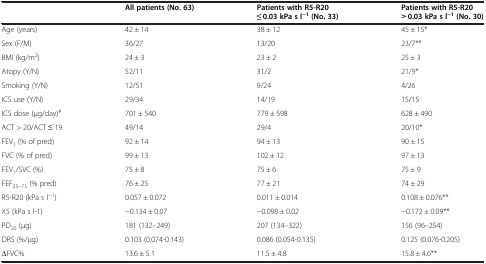
|  | All patients (No. 63) | Patients with R5-R20 ≤ 0.03 kPa s l−1(No. 33) | Patients with R5-R20 > 0.03 kPa s l−1(No. 30) |
 | --- | --- | --- | --- |
 | Age (years) | 42 ± 14 | 38 ± 12 | 45 ± 15* |
 | Sex (F/M) | 36/27 | 13/20 | 23/7** |
 | BMI (kg/m2) | 24 ± 3 | 23 ± 2 | 25 ± 3 |
 | Atopy (Y/N) | 52/11 | 31/2 | 21/9* |
 | Smoking (Y/N) | 12/51 | 9/24 | 4/26 |
 | ICS use (Y/N) | 29/34 | 14/19 | 15/15 |
 | ICS dose (μg/day)# | 701 ± 540 | 779 ± 598 | 628 ± 490 |
 | ACT > 20/ACT ≤ 19 | 49/14 | 29/4 | 20/10* |
 | FEV1 (% of pred) | 92 ± 14 | 94 ± 13 | 90 ± 15 |
 | FVC (% of pred) | 99 ± 13 | 102 ± 12 | 97 ± 13 |
 | FEV1/SVC (%) | 75 ± 8 | 75 ± 6 | 75 ± 9 |
 | FEF25–75 (% pred) | 76 ± 25 | 77 ± 21 | 74 ± 29 |
 | R5-R20 (kPa s l−1) | 0.057 ± 0.072 | 0.011 ± 0.014 | 0.108 ± 0.076** |
 | X5 (kPa s l-1) | −0.134 ± 0.07 | −0.098 ± 0.02 | −0.172 ± 0.09** |
 | PD20 (μg) | 181 (132–249) | 207 (134–322) | 156 (96–254) |
 | DRS (%/μg) | 0.103 (0.074-0.143) | 0.086 (0.054-0.135) | 0.125 (0.076-0.205) |
 | ∆FVC% | 13.6 ± 5.1 | 11.5 ± 4.8 | 15.8 ± 4.6** |